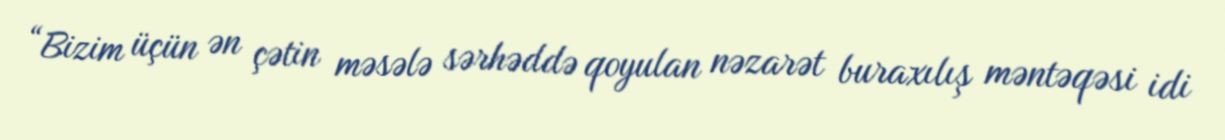
“Bizim üçün ən çətin məsələ sərhəddə qoyulan nəzarət buraxılış məntəqəsi idi